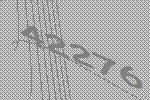
42276